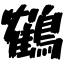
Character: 鶴